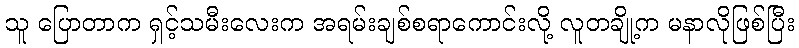
သူ ပြောတာက ရှင့်သမီးလေးက အရမ်းချစ်စရာကောင်းလို့ လူတချို့က မနာလိုဖြစ်ပြီး